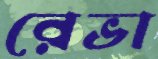
রেভা